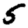
Digit: 5